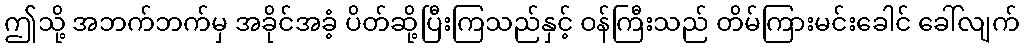
ဤသို့ အဘက်ဘက်မှ အခိုင်အခံ့ ပိတ်ဆို့ပြီးကြသည်နှင့် ဝန်ကြီးသည် တိမ်ကြားမင်းခေါင် ခေါ်လျက်